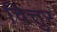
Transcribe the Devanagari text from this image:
चित्तुर